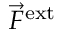
\vec { F } ^ { \mathrm { e x t } }